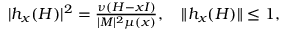
\begin{array} { r } { | h _ { x } ( H ) | ^ { 2 } = \frac { \nu ( H - x I ) } { | M | ^ { 2 } \mu ( x ) } , \quad \| h _ { x } ( H ) \| \leq 1 , } \end{array}